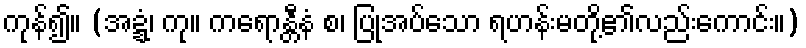
ကုန်၍။ (အဍ္ဍံ၊ ကု။ ကရောန္တီနံ စ၊ ပြုအပ်သော ရဟန်းမတို့၏လည်းကောင်း။)